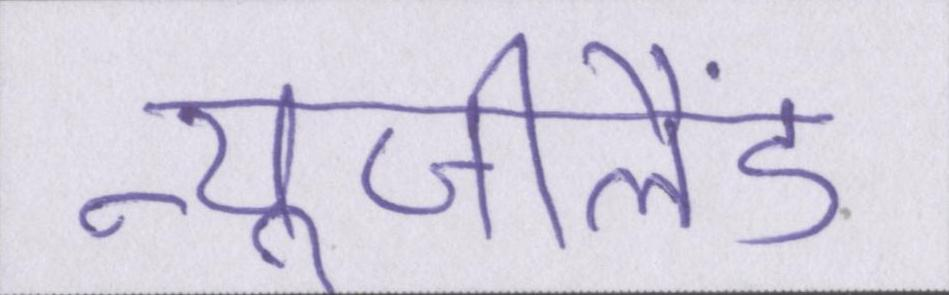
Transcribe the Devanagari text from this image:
न्यूजीलैंड